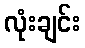
လုံးချင်း